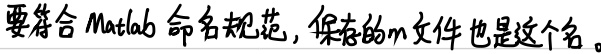
要符合Matlab命名规范，保存的m文件也是这个名。